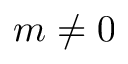
m \neq 0